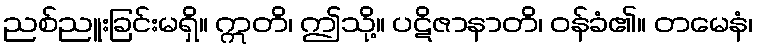
ညစ်ညူးခြင်းမရှိ။ ဣတိ၊ ဤသို့။ ပဋိဇာနာတိ၊ ဝန်ခံ၏။ တမေနံ၊